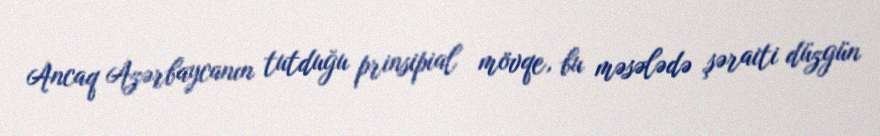
Ancaq Azərbaycanın tutduğu prinsipial mövqe, bu məsələdə şəraiti düzgün